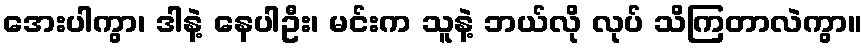
အေးပါကွာ၊ ဒါနဲ့ နေပါဦး၊ မင်းက သူနဲ့ ဘယ်လို လုပ် သိကြတာလဲကွာ။